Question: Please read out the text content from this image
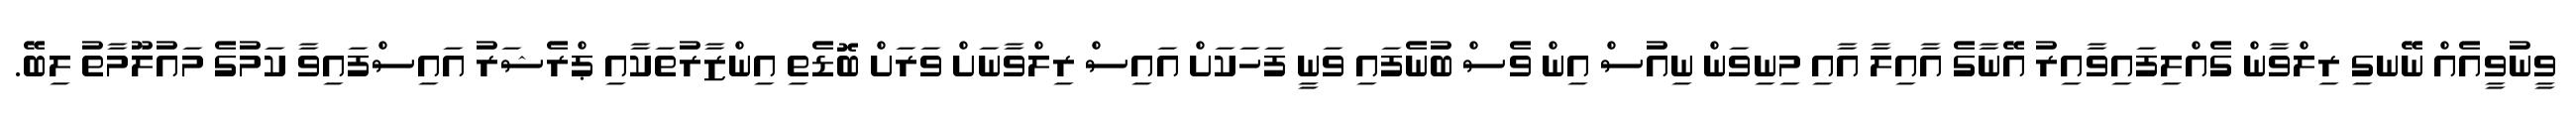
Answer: ވީނުވީއެއް ނޭނގި ރިލްވާން ގެއްލިފައިވާއިރު އޭނާގެ އާއިލާ އާއި މިނިވަން ނިއުސް އިން ވެސް ބުނެފައި ވަނީ ފަހަކަށް އައިސް ރިލްވާނަށް ވަރަށް ބޮޑެތި އިންޒާރުތަކާއި ޕްރެޝަރު އައިސްފައިވާ ކަމުގެ މައުލޫމާތު ލިބޭ.